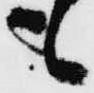
も